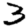
Digit: 3